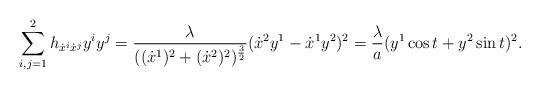
LaTeX: \begin{align*}\sum\limits_{i,j =1}^{2}h_{\dot{x}^{i}\dot{x}^{j}}y^{i}y^{j} = \frac{\lambda}{((\dot{x}^1)^2+(\dot{x}^2)^2)^{\frac{3}{2}}}(\dot{x}^2y^1-\dot{x}^1y^2)^2 = \frac{\lambda}{a}(y^{1}\cos t+y^{2}\sin t)^{2}.\end{align*}